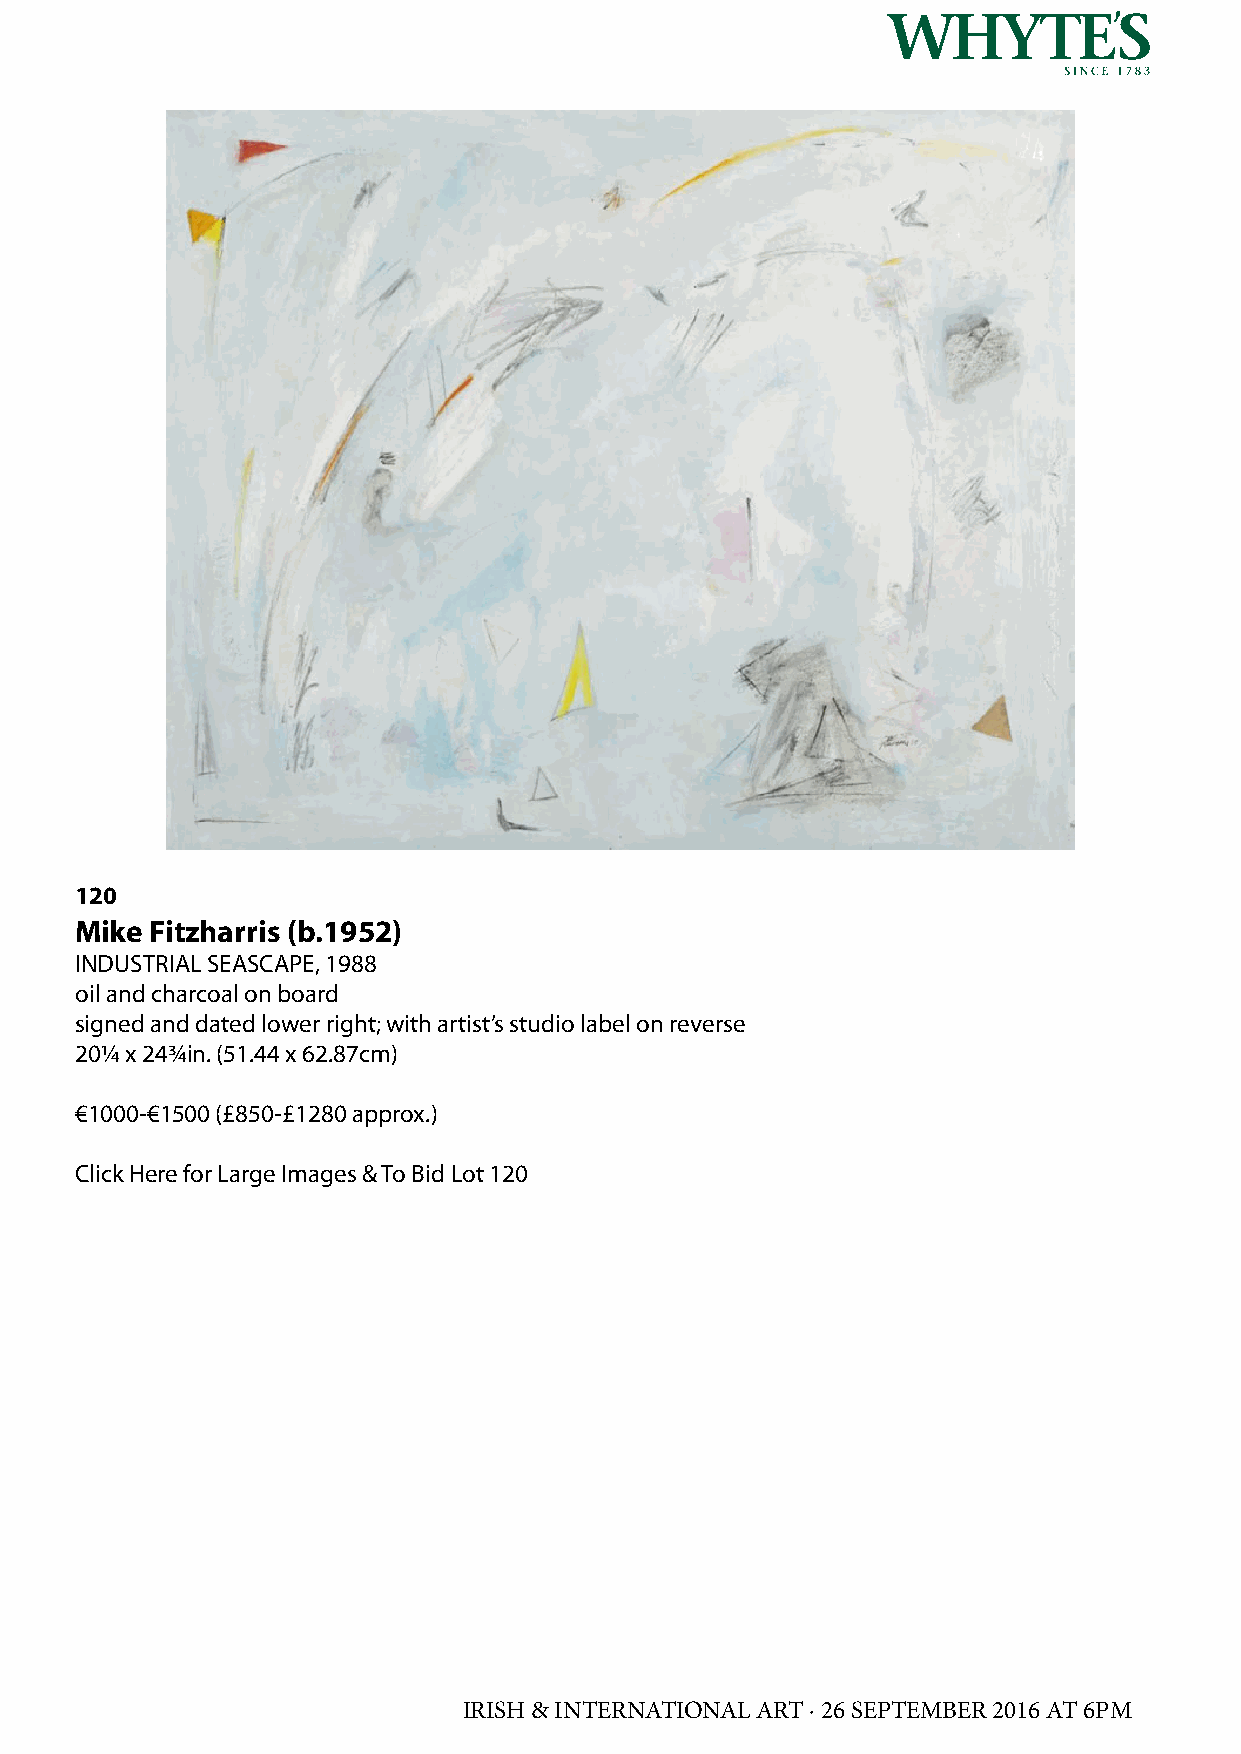
120
 Mike Fitzharris (b.1952)
 INDUSTRIAL SEASCAPE, 1988
 oil and charcoal on board
 signed and dated lower right; with artist’s studio label on reverse
 20¼ x 24¾in. (51.44 x 62.87cm)
 €1000-€1500 (£850-£1280 approx.)
 Click Here for Large Images & To Bid Lot 120
 IRISH & INTERNATIONAL ART · 26 SEPTEMBER 2016 AT 6PM